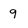
Character: 9